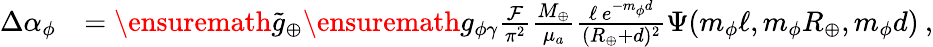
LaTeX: \begin{array}{rl}{\Delta\alpha_{\phi}}&{=\ensuremath{\tilde{g}_{\oplus}}\ensuremath{g_{\phi\gamma}}\frac{\mathcal{F}}{\pi^{2}}\frac{M_{\oplus}}{\mu_{a}}\frac{\ell\, e^{-m_{\phi}d}}{(R_{\oplus}+d)^{2}}\Psi(m_{\phi}\ell,m_{\phi}R_{\oplus},m_{\phi}d)\: ,}\end{array}